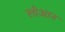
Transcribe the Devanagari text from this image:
लोआन